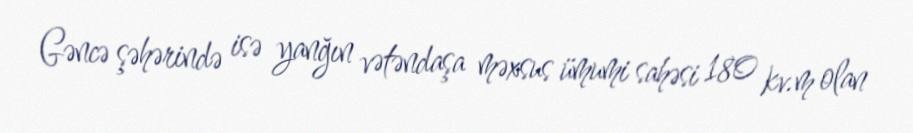
Gəncə şəhərində isə yanğın vətəndaşa məxsus ümumi sahəsi 180 kv.m olan